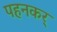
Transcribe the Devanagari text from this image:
पहनकर्